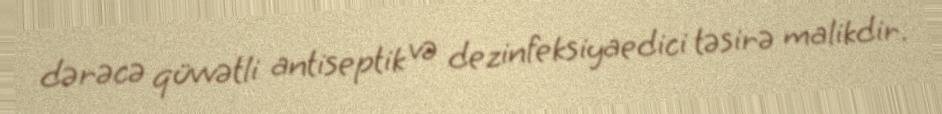
dərəcə qüvvətli antiseptik və dezinfeksiyaedici təsirə malikdir.